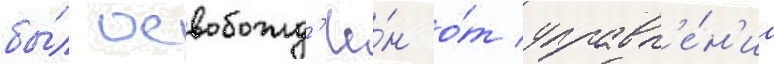
бы́л освобожд'ё́н о́т управл'е́н'иа